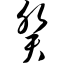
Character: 癸